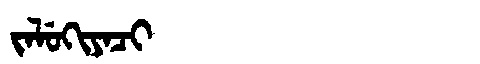
Manchu: ᠵᠠᠯᡠᡴᡳᠶᠠᠴᡳ
Romanization: JALUKIYACI